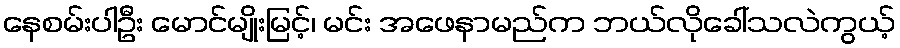
နေစမ်းပါဦး မောင်မျိုးမြင့်၊ မင်း အဖေနာမည်က ဘယ်လိုခေါ်သလဲကွယ့်